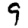
Digit: 9